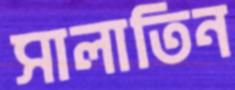
সালাতিন